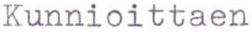
Kunnioittaen